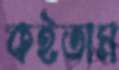
কইতাম